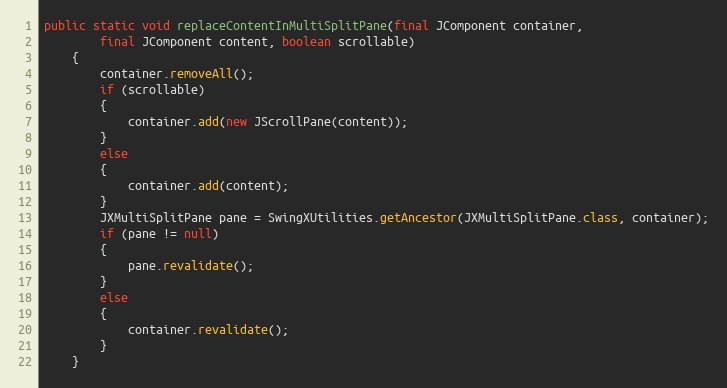
Language: Java
public static void replaceContentInMultiSplitPane(final JComponent container,
		final JComponent content, boolean scrollable)
	{
		container.removeAll();
		if (scrollable)
		{
			container.add(new JScrollPane(content));
		}
		else
		{
			container.add(content);
		}
		JXMultiSplitPane pane = SwingXUtilities.getAncestor(JXMultiSplitPane.class, container);
		if (pane != null)
		{
			pane.revalidate();
		}
		else
		{
			container.revalidate();
		}
	}